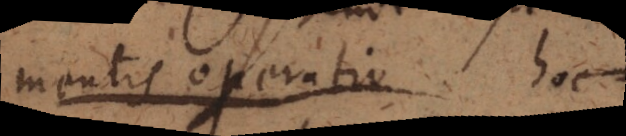
mentis operatio, hoc